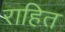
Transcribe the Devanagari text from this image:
राहित